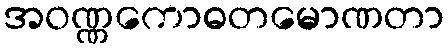
အဝဏ္ဏကောဓတမောဏတာ